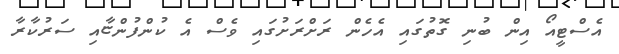
އެސްޓީއޯ އިން ބުނި ގޮތުގައި އެހެން ރަށްރަށުގައި ވެސް އެ ކުންފުންޏާއި ސަރުކާރާ